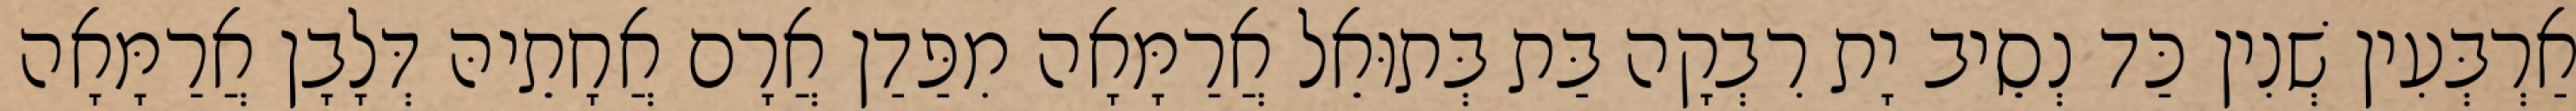
אַרְבְּעִין שְׁנִין כַּד נְסֵיב יָת רִבְקָה בַּת בְּתוּאֵל אֲרַמָּאָה מִפַּדַן אֲרָם אֲחָתֵיהּ דְּלָבָן אֲרַמָּאָה